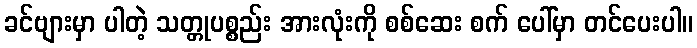
ခင်ဗျားမှာ ပါတဲ့ သတ္တုပစ္စည်း အားလုံးကို စစ်ဆေး စက် ပေါ်မှာ တင်ပေးပါ။